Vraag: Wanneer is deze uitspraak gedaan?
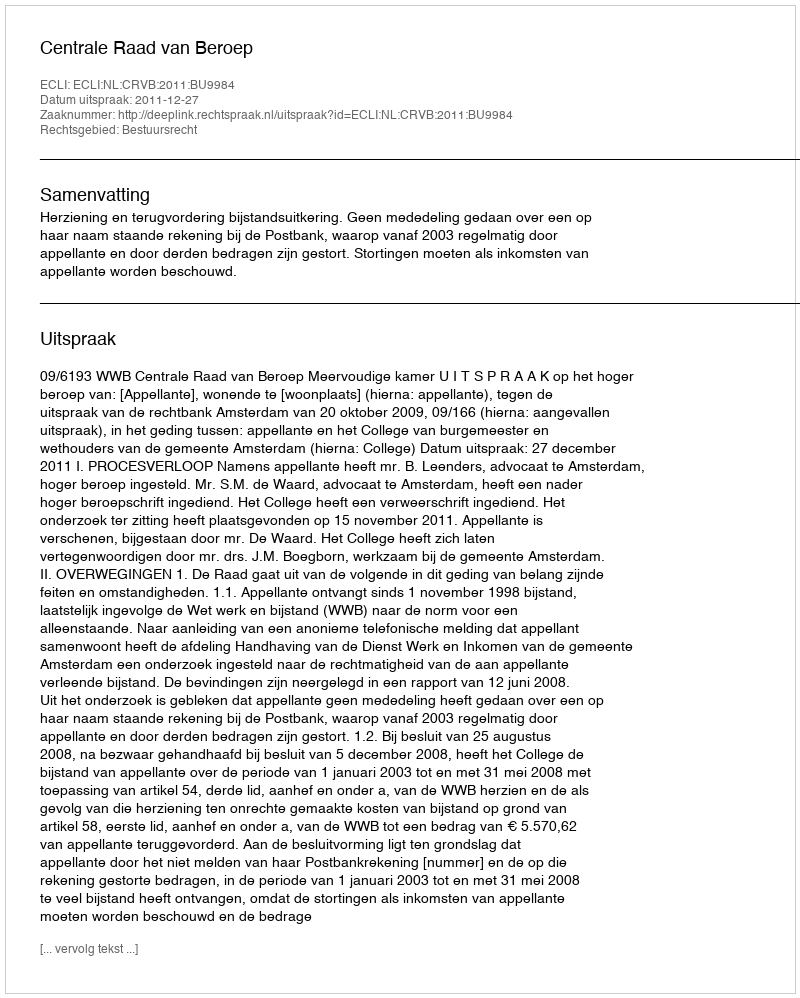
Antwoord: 2011-12-27